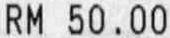
RM 50.00